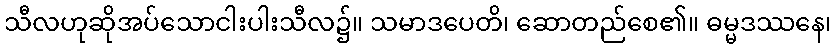
သီလဟုဆိုအပ်သောငါးပါးသီလ၌။ သမာဒပေတိ၊ ဆောတည်စေ၏။ ဓမ္မဒဿနေ၊